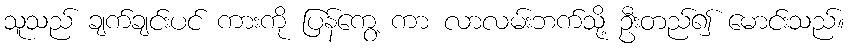
သူသည် ချက်ချင်းပင် ကားကို ပြန်ကွေ့ ကာ လာလမ်းဘက်သို့ ဦးတည်၍ မောင်းသည်။